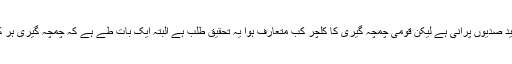
چمچا گیری کی تاریخ تو شاید صدیوں پرانی ہے لیکن قومی چمچہ گیری کا کلچر کب متعارف ہوا یہ تحقیق طلب ہے البتہ ایک بات طے ہے کہ چمچہ گیری ہر کسی کے بس میں نہیں ہوتی۔